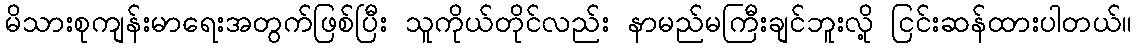
မိသားစုကျန်းမာရေးအတွက်ဖြစ်ပြီး သူကိုယ်တိုင်လည်း နာမည်မကြီးချင်ဘူးလို့ ငြင်းဆန်ထားပါတယ်။